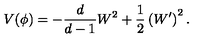
V ( \phi ) = - \frac { d } { d - 1 } W ^ { 2 } + \frac 1 2 \left( W ^ { \prime } \right) ^ { 2 } .